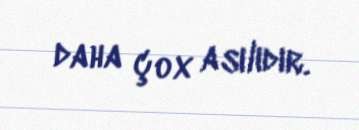
daha çox asılıdır.